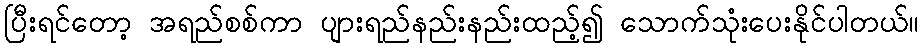
ပြီးရင်တော့ အရည်စစ်ကာ ပျားရည်နည်းနည်းထည့်၍ သောက်သုံးပေးနိုင်ပါတယ်။